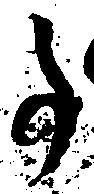
事